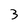
Character: 3